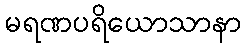
မရဏပရိယောသာနာ